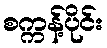
စက္ကန့်ပိုင်း